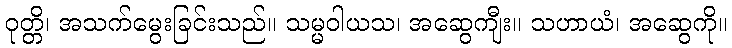
ဝုတ္တိ၊ အသက်မွေးခြင်းသည်။ သမ္မဝါယသ၊ အဆွေကျီး။ သဟာယံ၊ အဆွေကို။